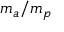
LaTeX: m _ { a } / m _ { p }